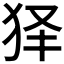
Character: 𤝢